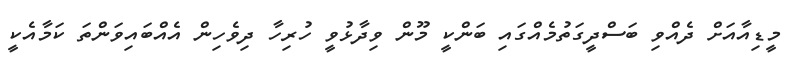
މީޑިއާއަށް ދެއްވި ބަސްދީގަތުމެއްގައި ބަންކީ މޫން ވިދާޅުވީ ހުރިހާ ދިވެހިން އެއްބައިވަންތަ ކަމާއެކީ